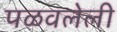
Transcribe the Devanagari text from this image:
पळवलेली